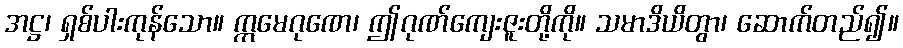
အဋ္ဌ၊ ရှစ်ပါးကုန်သော။ ဣမေဂုဏေ၊ ဤဂုဏ်ကျေးဇူးတို့ကို။ သမာဒိယိတွာ၊ ဆောက်တည်၍။